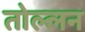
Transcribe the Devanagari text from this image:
तोल्लन